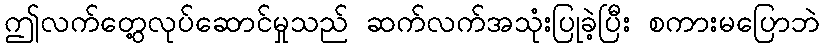
ဤလက်တွေ့လုပ်ဆောင်မှုသည် ဆက်လက်အသုံးပြုခဲ့ပြီး စကားမပြောဘဲ